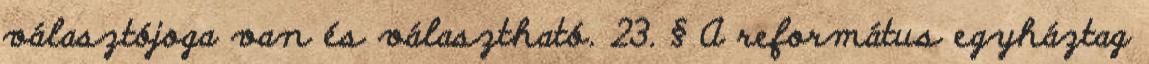
választójoga van és választható. 23. § A református egyháztag